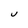
Character: U